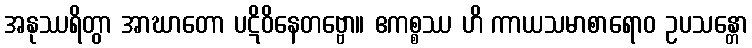
အနုဿရိတွာ အာဃာတော ပဋိဝိနေတဗ္ဗော။ ဧကစ္စဿ ဟိ ကာယသမာစာရောဝ ဥပသန္တော